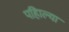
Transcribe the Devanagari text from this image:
पहिाल्या